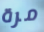
مرة